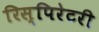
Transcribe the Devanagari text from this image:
रिस्पिरेटरी